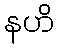
နဟိ